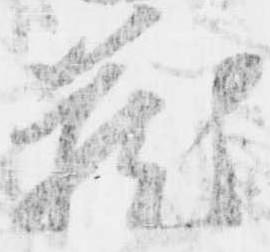
蔵